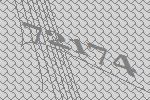
72174